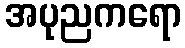
အပုညကရော